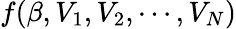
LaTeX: f(\beta,V_{1},V_{2},\cdots,V_{N})